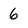
Character: 6